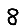
Digit: 8